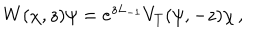
W ( \chi , z ) \psi = e ^ { z L _ { - 1 } } V _ { T } ( \psi , - z ) \chi \, ,